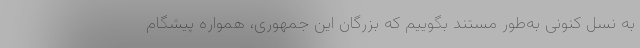
به نسل کنونی به‌طور مستند بگوییم که بزرگان این جمهوری، همواره پیشگام